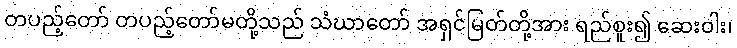
တပည့်တော် တပည့်တော်မတို့သည် သံဃာတော် အရှင်မြတ်တို့အား ရည်စူး၍ ဆေးဝါး၊